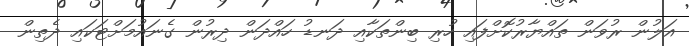
އަލުން ރުވަން ތައްޔާރުކޮށްފައި ހުރި ބިންތަކާއި ދަނޑު ހައްދަން ދިރުން ގެނައުމަށްޓަަކައި ދެތިން